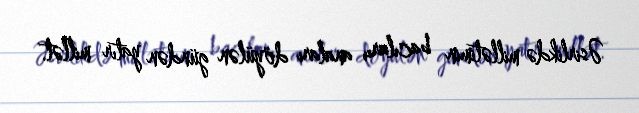
Əsirlikdə millətimin bacıları, anaları döyülən gündən yatır millət.